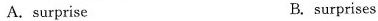
A.surprise B. surprises